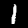
Digit: 1